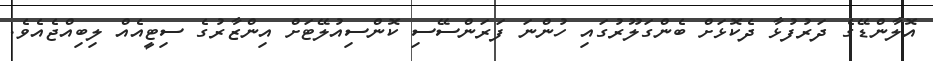
އޮލާންޑޭގެ ދަރުފުޅާ ދެކޮޅަށް ބެންގަލޫރުގައި ހުންނަ ފަރަންސޭސި ކޮންސިއުލޭޓަށް އިންޒާރުގެ ސިޓީއެއް ލިބިއްޖެއެވެ.